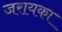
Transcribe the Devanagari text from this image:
जरायका